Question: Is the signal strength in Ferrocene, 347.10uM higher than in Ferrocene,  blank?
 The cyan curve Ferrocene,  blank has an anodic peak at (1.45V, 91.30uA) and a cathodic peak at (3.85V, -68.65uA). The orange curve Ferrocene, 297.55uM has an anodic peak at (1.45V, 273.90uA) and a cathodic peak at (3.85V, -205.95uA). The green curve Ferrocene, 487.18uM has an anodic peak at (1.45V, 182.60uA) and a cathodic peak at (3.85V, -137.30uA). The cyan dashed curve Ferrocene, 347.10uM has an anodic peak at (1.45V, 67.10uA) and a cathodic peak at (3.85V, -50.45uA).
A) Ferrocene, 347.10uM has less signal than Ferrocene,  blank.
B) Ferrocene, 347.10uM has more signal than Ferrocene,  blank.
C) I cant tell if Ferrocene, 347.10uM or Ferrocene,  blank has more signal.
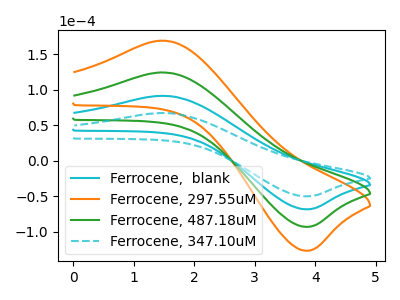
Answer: <think>All the peaks in "Ferrocene, 347.10uM" have a peak in "Ferrocene,  blank" at the same potential. Every peak in "Ferrocene, 347.10uM" is lower than every peak in "Ferrocene,  blank".
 </think>
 <answer>A) "Ferrocene, 347.10uM" has less signal than "Ferrocene,  blank".</answer>
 <eval>A</eval>